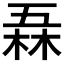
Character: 𠄻